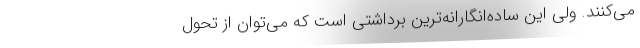
می‌کنند. ولی این ساده‌انگارانه‌ترین برداشتی است که می‌توان از تحول